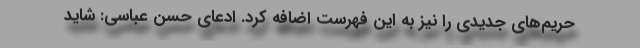
حریم‌های جدیدی را نیز به این فهرست اضافه کرد. ادعای حسن عباسی: شاید